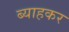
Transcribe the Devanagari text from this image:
ब्याहकर